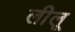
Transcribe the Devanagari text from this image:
लीलू